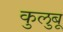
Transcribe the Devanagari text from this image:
कुलुबू